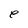
Character: e